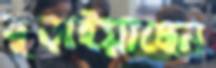
বুড়াইয়াছেন